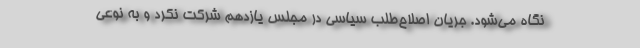
نگاه می‌شود. جریان اصلاح‌طلب سیاسی در مجلس یازدهم شرکت نکرد و به نوعی